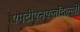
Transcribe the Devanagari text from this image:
एमटीएनएलदिल्ली